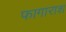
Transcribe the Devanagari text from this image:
फागाराश